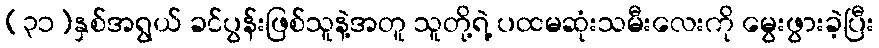
(၃၁)နှစ်အရွယ် ခင်ပွန်းဖြစ်သူနဲ့အတူ သူတို့ရဲ့ ပထမဆုံးသမီးလေးကို မွေးဖွားခဲ့ပြီး